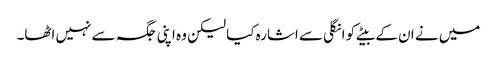
میں نے ان کے بیٹے کو انگلی سے اشارہ کیا لیکن وہ اپنی جگہ سے نہیں اٹھا۔